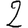
Digit: 2